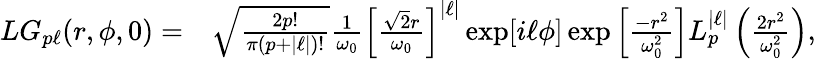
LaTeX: \begin{array}{rl}{LG_{p\ell}(r,\phi,0)=}&{\sqrt{\frac{2p!}{\pi(p+|\ell|)!}}\frac{1}{\omega_{0}}\left[\frac{\sqrt{2}r}{\omega_{0}}\right]^{|\ell|}\exp[i\ell\phi]\exp\left[\frac{-r^{2}}{\omega_{0}^{2}}\right]L_{p}^{|\ell|}\left(\frac{2r^{2}}{\omega_{0}^{2}}\right),}\end{array}